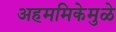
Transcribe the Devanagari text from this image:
अहममिकेमुळे